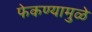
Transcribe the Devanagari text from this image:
फेकण्यामुळे